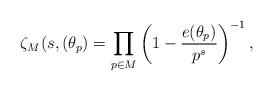
LaTeX: \begin{align*}\zeta_M(s,(\theta_p) =\prod_{p\in M}\left(1-\frac{e(\theta_p)}{p^s}\right)^{-1},\end{align*}